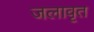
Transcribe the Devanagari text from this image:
जलावृत